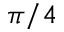
\pi / 4